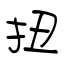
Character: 扭